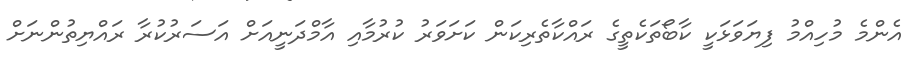
އެންމެ މުހިއްމު ފިޔަވަޅަކީ ކާބޯތަކެތީގެ ރައްކާތެރިކަން ކަށަވަރު ކުރުމާއި އާމްދަނީއަށް އަސަރުކުރާ ރައްޔިތުންނަށް